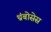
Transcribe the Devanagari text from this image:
थ्रंबोसेस